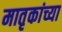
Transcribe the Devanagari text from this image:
मातृकांच्या